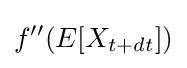
f''(E[X_{t+dt}])